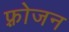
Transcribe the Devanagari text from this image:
फ़्रोजन